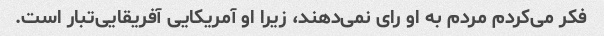
فکر می‌کردم مردم به او رای نمی‌دهند، زیرا او آمریکایی آفریقایی‌تبار است.